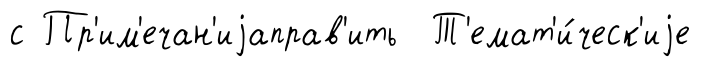
с Пр'им'ечан'иjаправ'ить Т'емат'и́ческ'иjе